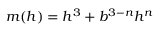
m ( h ) = h ^ { 3 } + b ^ { 3 - n } h ^ { n }